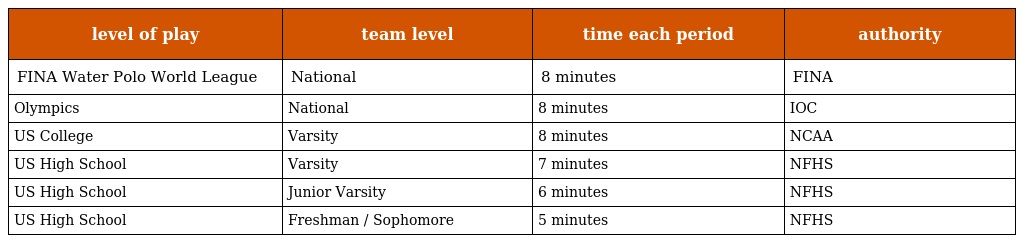
| level of play | team level | time each period | authority |
 | --- | --- | --- | --- |
 | FINA Water Polo World League | National | 8 minutes | FINA |
 | Olympics | National | 8 minutes | IOC |
 | US College | Varsity | 8 minutes | NCAA |
 | US High School | Varsity | 7 minutes | NFHS |
 | US High School | Junior Varsity | 6 minutes | NFHS |
 | US High School | Freshman / Sophomore | 5 minutes | NFHS |